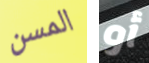
المسن أو